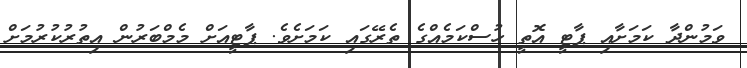
ވަމުންދާ ކަމަށާއި ޕާޓީ އޮތީ ހުސްކަމެއްގެ ތެރޭގައި ކަމަށެވެ. ޕާޓީއަށް މެމްބަރުން އިތުރުކުރުމަށް